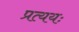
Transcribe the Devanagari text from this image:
प्रत्ययः